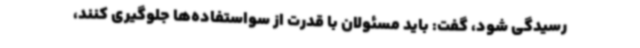
رسیدگی شود، گفت: باید مسئولان با قدرت از سواستفاده‌ها جلوگیری کنند،